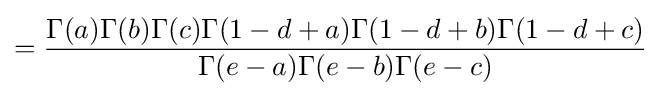
={\frac {\Gamma (a)\Gamma (b)\Gamma (c)\Gamma (1-d+a)\Gamma (1-d+b)\Gamma (1-d+c)}{\Gamma (e-a)\Gamma (e-b)\Gamma (e-c)}}